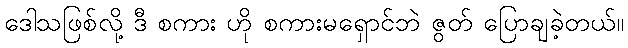
ဒေါသဖြစ်လို့ ဒီ စကား ဟို စကားမရှောင်ဘဲ ဇွတ် ပြောချခဲ့တယ်။